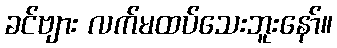
ခင်ဗျား လက်မထပ်သေးဘူးနော်။